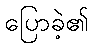
ပြောခဲ့၏